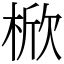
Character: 𣔙